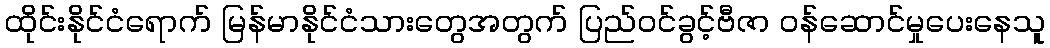
ထိုင်းနိုင်ငံရောက် မြန်မာနိုင်ငံသားတွေအတွက် ပြည်ဝင်ခွင့်ဗီဇာ ဝန်ဆောင်မှုပေးနေသူ